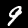
Label: 9